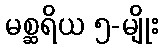
မစ္ဆရိယ ၅-မျိုး